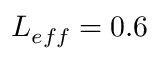
L _ { e f f } = 0 . 6